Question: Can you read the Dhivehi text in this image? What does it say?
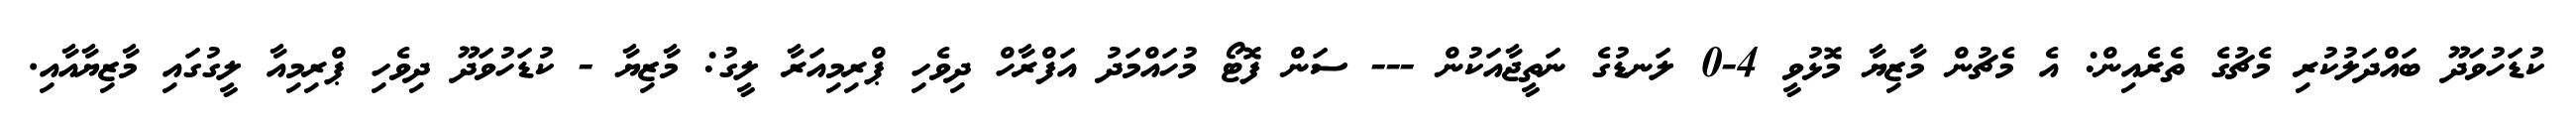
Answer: ކުޑަހުވަދޫ ބައްދަލުކުރި މެޗުގެ ތެރެއިން: އެ މެޗުން މާޒިޔާ މޮޅުވީ 4-0 ލަނޑުގެ ނަތީޖާއަކުން --- ސަން ފޮޓޯ މުހައްމަދު އަފްރާހް ދިވެހި ޕްރިމިއަރާ ލީގު: މާޒިޔާ - ކުޑަހުވަދޫ ދިވެހި ޕްރިމިއާ ލީގުގައި މާޒިޔާއާއި.